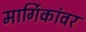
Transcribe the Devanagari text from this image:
मार्गिकांवर